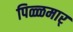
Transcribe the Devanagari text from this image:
पिळ्ळमार्